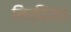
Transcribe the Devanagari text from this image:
निर्किंमत